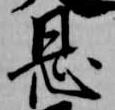
恩